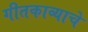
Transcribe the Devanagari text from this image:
गीतकाव्याचे